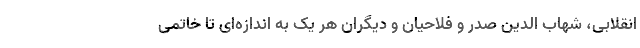
انقلابی، شهاب الدین صدر و فلاحیان و دیگران هر یک به اندازه‌ای تا خاتمی